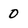
Character: 0